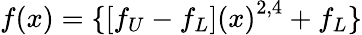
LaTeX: f(x)={\{ [{f_{U}-f_{L}](x)}^{2,4}+f_{L}\} }